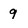
Character: q